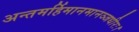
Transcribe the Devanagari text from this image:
अन्तमर्हिमानमानञ्जधीरः।